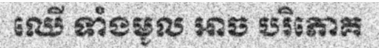
ឈើ ទាំងមូល អាច បរិភោគ